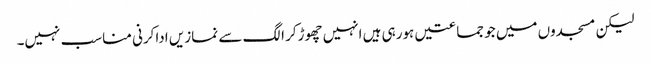
لیکن مسجدوں میں جو جماعتیں ہورہی ہیں انہیں چھوڑکر الگ سے نمازیں اداکرنی مناسب نہیں۔